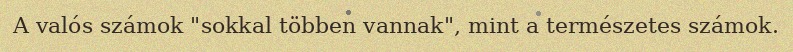
A valós számok "sokkal többen vannak", mint a természetes számok.